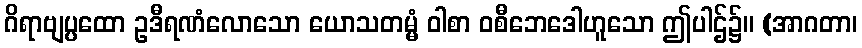
ဂိရာဗျပ္ပထော ဥဒီရဏံလောသော ယောသတမ္မံ ဝါစာ ဝစီဘေဒေါဟူသော ဤပါဌ်၌။ (အာဂတာ၊